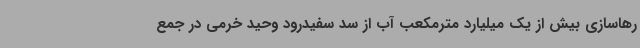
رهاسازی بیش از یک میلیارد مترمکعب آب از سد سفیدرود وحید خرمی در جمع